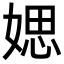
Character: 媤